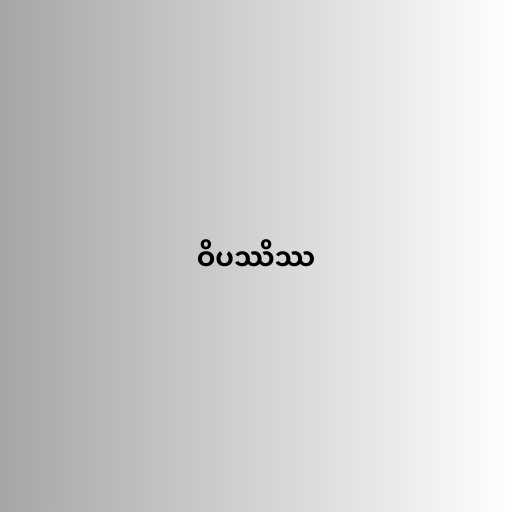
ဝိပဿိဿ